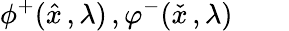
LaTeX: \phi^{+}({\hat{x}}\, ,\lambda)\, ,\varphi^{-}({\check{x}}\, ,\lambda)\qquad